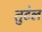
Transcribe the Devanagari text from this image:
तुटेल